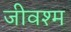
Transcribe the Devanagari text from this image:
जीवश्म